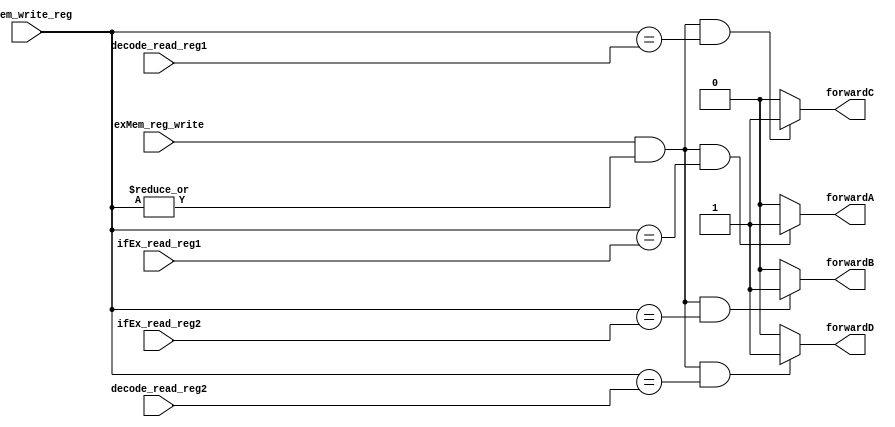
module forwardingUnit(exMem_reg_write, 
	exMem_write_reg, 
	ifEx_read_reg1, 
	ifEx_read_reg2, 
	decode_read_reg1, 
	decode_read_reg2,
	forwardA, 
	forwardB, 
	forwardC, 
	forwardD);

	input wire exMem_reg_write;
	input wire [4:0] exMem_write_reg; 

	//input wire ifEx_reg_write;
	//input wire [4:0] ifEx_write_reg;
	input wire [4:0] ifEx_read_reg1;
	input wire [4:0] ifEx_read_reg2;

	input wire [4:0] decode_read_reg1;
	input wire [4:0] decode_read_reg2;

	output wire forwardA;
	output wire forwardB;
	output wire forwardC;
	output wire forwardD;

	assign forwardA = ((exMem_reg_write & (|exMem_write_reg)) && (exMem_write_reg == ifEx_read_reg1)) ? 1'b1 : 1'b0;
	assign forwardB = ((exMem_reg_write & (|exMem_write_reg)) && (exMem_write_reg == ifEx_read_reg2)) ? 1'b1 : 1'b0;
	assign forwardC = ((exMem_reg_write & (|exMem_write_reg)) && (exMem_write_reg == decode_read_reg1)) ? 1'b1 : 1'b0;
	assign forwardD = ((exMem_reg_write & (|exMem_write_reg)) && (exMem_write_reg == decode_read_reg2)) ? 1'b1 : 1'b0;

endmodule